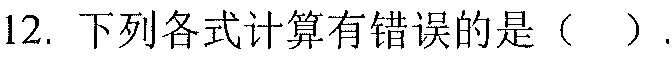
12. 下列各式计算有错误的是（  ）.